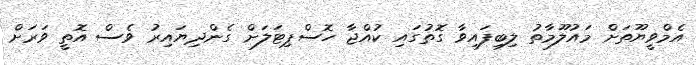
އެމްވީޔޫތަށް މައުލޫމާތު ލިބިފައިވާ ގޮތުގައި ކުއްޖާ ހޮސްޕިޓަލަށް ގެންދިޔައިރު ވެސް އޮތީ ވަރަށް